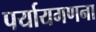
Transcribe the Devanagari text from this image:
पर्यायगणना